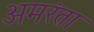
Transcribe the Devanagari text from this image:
अमरंता